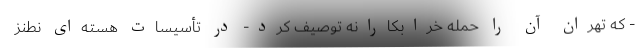
- که تهران آن را حمله خرابکارانه توصیف کرد- در تأسیسات هسته‌ای نطنز